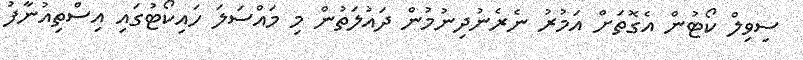
ސިވިލް ކޯޓުން އެގޮތަށް އަމުރު ނެރެނުދިނުމުން ދައުލަތުން މި މައްސަލަ ހައިކޯޓުގައި އިސްތިއުނާފު